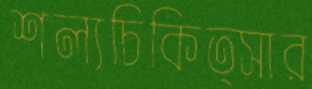
শল্যচিকিত্সার